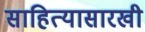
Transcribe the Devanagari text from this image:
साहित्यासारखी